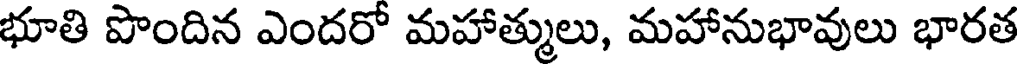
భూతి పొందిన ఎందరో మహాత్ములు, మహానుభావులు భారత